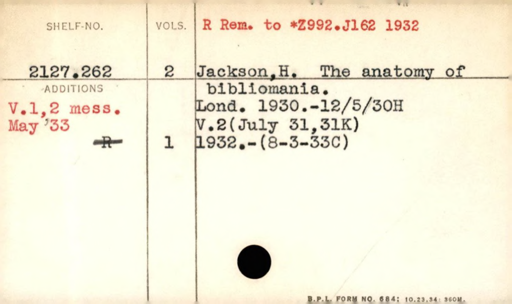
Label: content